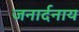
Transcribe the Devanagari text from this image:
जनार्दनाय